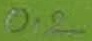
Text: 0,2